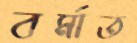
বর্মাত